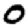
Digit: 0